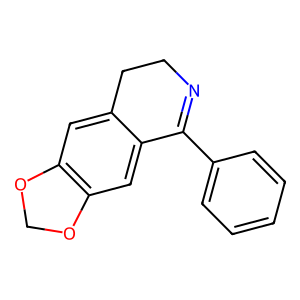
SMILES: c1ccc(C2=NCCc3cc4c(cc32)OCO4)cc1
Inhibits HIV replication: No